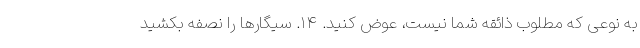
به نوعی که مطلوب ذائقه شما نیست، عوض کنید. ۱۴. سیگارها را نصفه بکشید